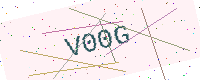
Text: V00G